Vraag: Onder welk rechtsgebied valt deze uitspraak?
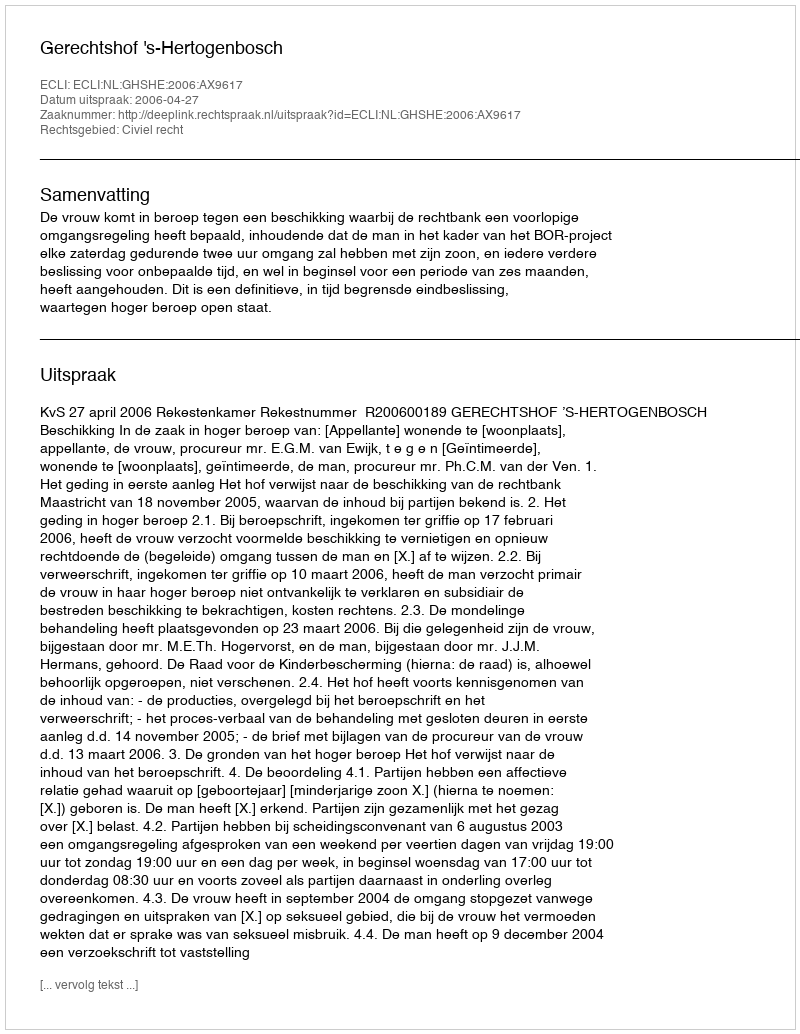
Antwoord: Civiel recht